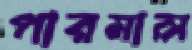
পারমাল